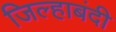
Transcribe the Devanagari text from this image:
जिल्हाबंदी